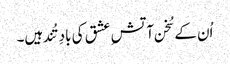
اُن کے سُخن آتشِ عشق کی بادِ تُند ہیں۔